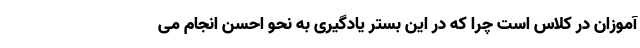
آموزان در کلاس است چرا که در این بستر یادگیری به نحو احسن انجام می